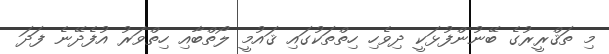
މި ތަޤްރީރުގެ ބޭނުންފުޅަކީ ދިވެހި ހިތްތަކުގައި ޤައުމީ ލޯތްބާއި ހިތްވަރު އުފެދޭނެ ފަދަ